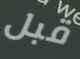
قبل